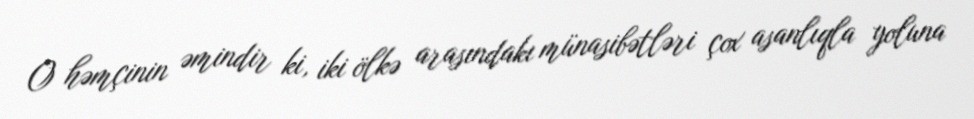
O həmçinin əmindir ki, iki ölkə arasındakı münasibətləri çox asanlıqla yoluna